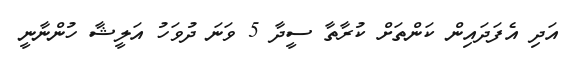
އަދި އެފަދައިން ކަންތަށް ކުރާތާ ސީދާ 5 ވަނަ ދުވަހު އަލީޝާ ހުންނާނީ